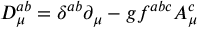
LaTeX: D _ { \mu } ^ { a b } = \delta ^ { a b } \partial _ { \mu } - g f ^ { a b c } A _ { \mu } ^ { c }